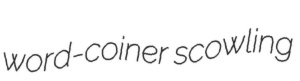
word-coiner scowling